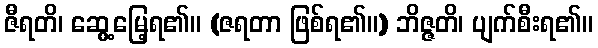
ဇီရတိ၊ ဆွေ့မြေ့ရ၏။ (ဇရတာ ဖြစ်ရ၏။) ဘိဇ္ဇတိ၊ ပျက်စီးရ၏။